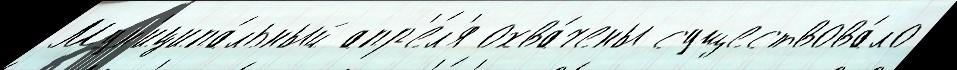
Мун'иципа́льный апр'е́л'я охва́чены существова́ло